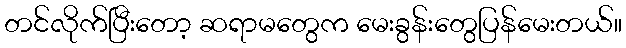
တင်လိုက်ပြီးတော့ ဆရာမတွေက မေးခွန်းတွေပြန်မေးတယ်။